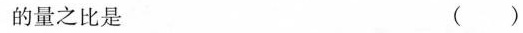
的量之比是 ( )